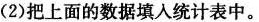
(2)把上面的数据填入统计表中。